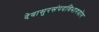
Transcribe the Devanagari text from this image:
देवासुरसंपदविभागयोग